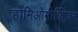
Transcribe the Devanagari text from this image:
होमिओमोर्फिज़म